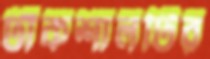
টাঁকশালটির